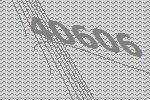
40606